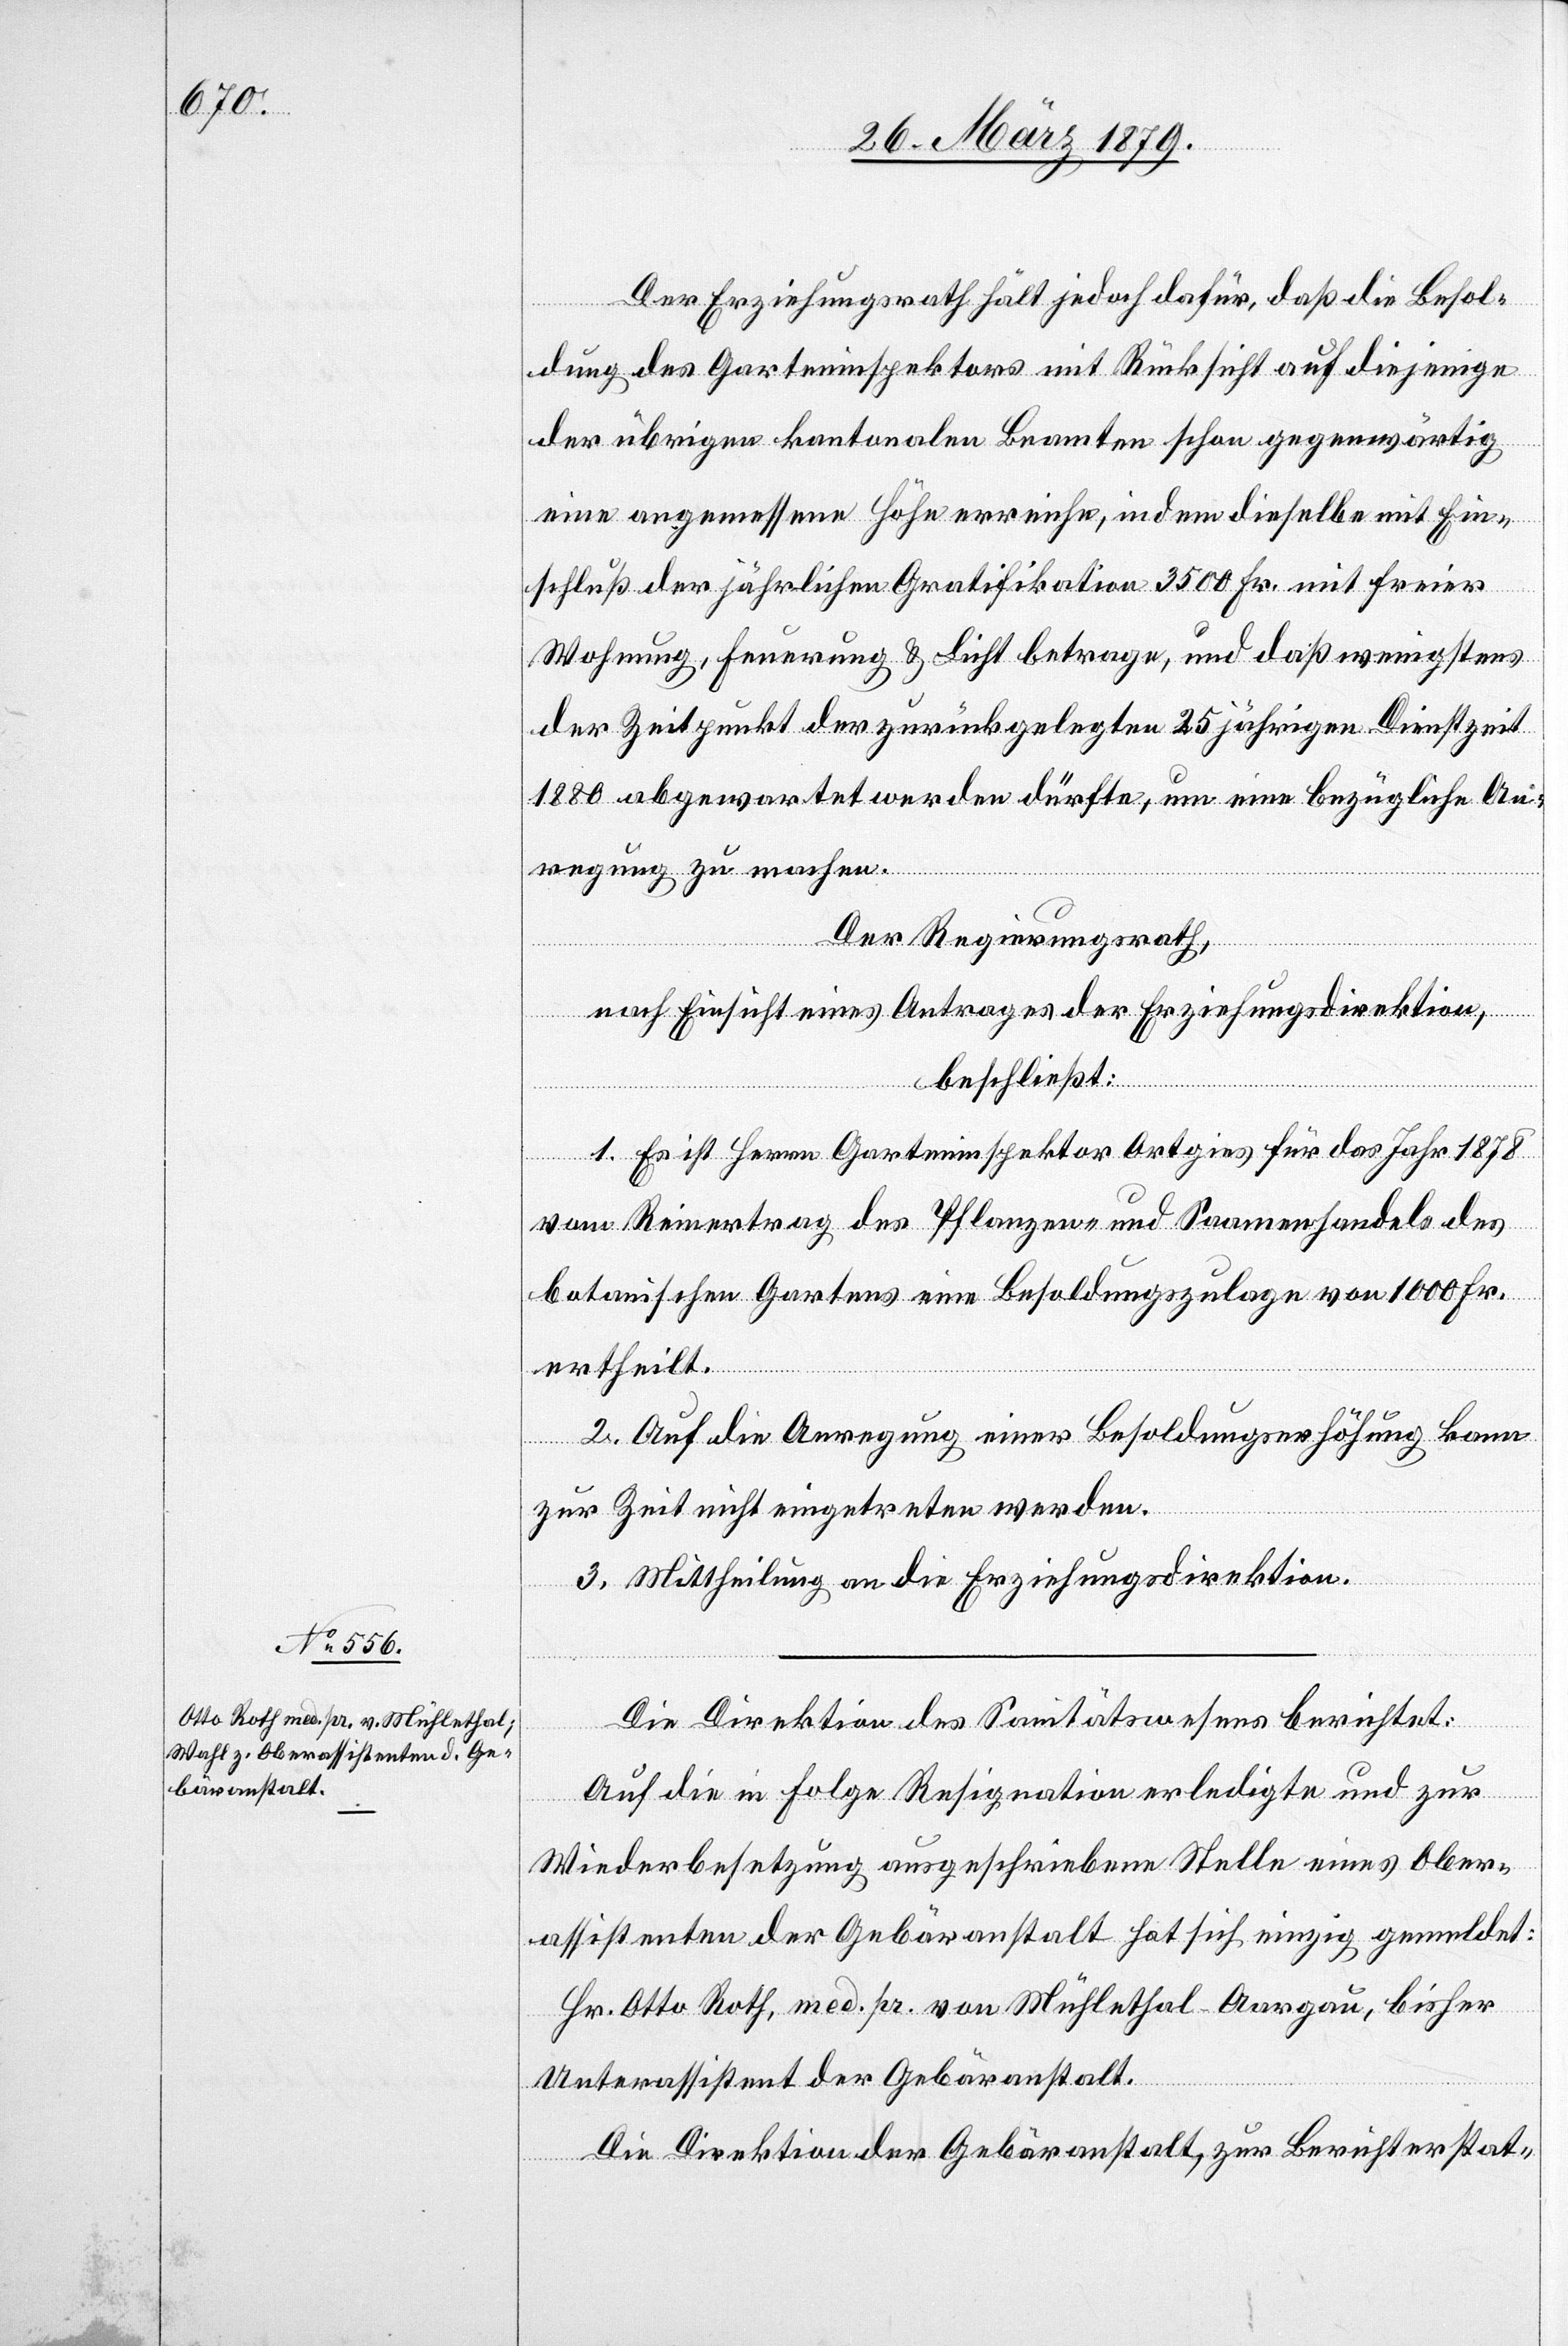
Der Erziehungsrath hält jedoch dafür, daß die Besol¬
dung des Garteninspektors mit Rücksicht auf diejenige
der übrigen kantonalen Beamten schon gegenwärtig
eine angemessene Höhe erreiche, indem dieselbe mit Ein¬
schluß der jährlichen Gratifikation 3500 Fr. mit freier
Wohnung, Feuerung & Licht betrage, und daß wenigstens
der Zeitpunkt der zurückgelegten 25jährigen Dienstzeit
1880 abgewartet werden dürfte, um eine bezügliche Aen¬
derung zu machen.
Der Regierungsrath,
nach Einsicht eines Antrages der Erziehungsdirektion,
beschließt:
1. Es ist Herrn Garteninspektor Ortgies für das Jahr 1878
vom Reinertrag des Pflanzen- und Saamenhandels des
botanischen Gartens eine Besoldungszulage von 1000 Fr.
ertheilt.
2. Auf die Anregung einer Besoldungserhöhung kann
zur Zeit nicht eingetreten werden.
3. Mittheilung an die Erziehungsdirektion.
Die Direktion des Sanitätswesens berichtet:
Auf die in Folge Resignation erledigte und zur
Wiederbesetzung ausgeschriebene Stelle eines Ober¬
assistenten der Gebäranstalt hat sich einzig gemeldet:
Hr. Otto Roth, med. pr. von Mühlethal - Aargau, bisher
Unterassistent der Gebäranstalt.
Die Direktion der Gebäranstalt, zur Berichterstat-